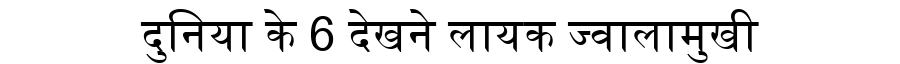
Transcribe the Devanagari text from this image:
दुनिया के 6 देखने लायक ज्वालामुखी